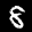
Label: 8